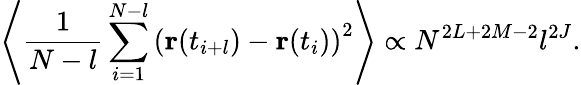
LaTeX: \left<\frac{1}{N-l}\sum_{i=1}^{N-l}\left(\mathbf{r}(t_{i+l})-\mathbf{r}(t_{i})\right)^{2}\right>\propto N^{2L+2M-2}l^{2J}.